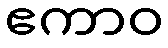
ဧကာဝ